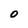
Character: 0